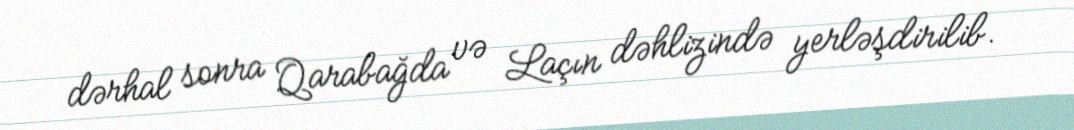
dərhal sonra Qarabağda və Laçın dəhlizində yerləşdirilib.